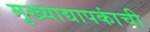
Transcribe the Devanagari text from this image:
मुख्‍याद्यापकांची